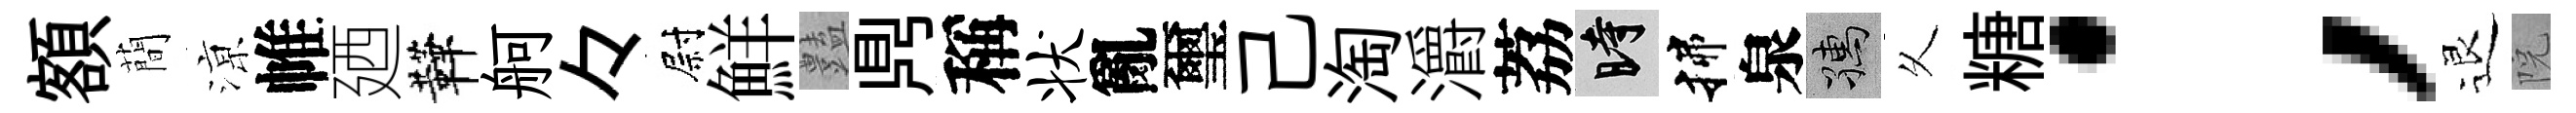
額蕳鿌帷廼鞾舸々尉鮮𧰟𪔂稱状亂璽己淘灂荔时揲泉孺乆糖；退院